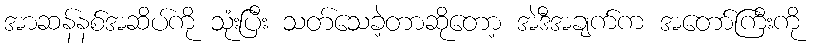
အာဆန်နစ်အဆိပ်ကို သုံးပြီး သတ်သေခဲ့တာဆိုတော့ အဲဒီအချက်က အတော်ကြီးကို